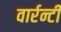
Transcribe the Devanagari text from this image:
वार्रन्टी